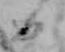
日